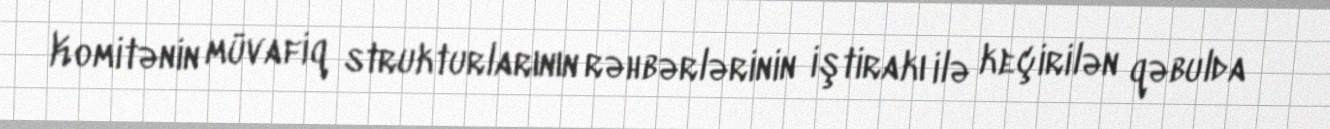
Komitənin müvafiq strukturlarının rəhbərlərinin iştirakı ilə keçirilən qəbulda